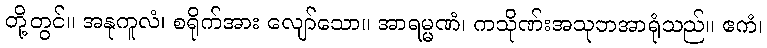
တို့တွင်။ အနုကူလံ၊ စရိုက်အား လျော်သော။ အာရမ္မဏံ၊ ကသိုဏ်းအသုဘအာရုံသည်။ ဧကံ၊